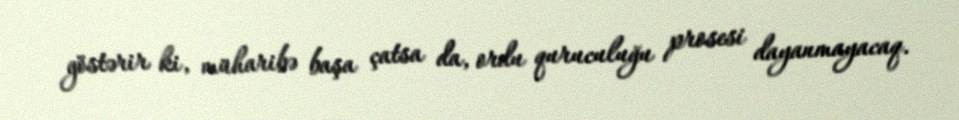
göstərir ki, müharibə başa çatsa da, ordu quruculuğu prosesi dayanmayacaq.